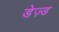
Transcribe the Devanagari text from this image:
डेज़्ड